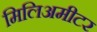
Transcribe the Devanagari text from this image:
मिलिअमीटर